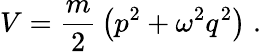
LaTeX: V={\frac{m}{2}}\left(p^{2}+\omega^{2}q^{2}\right)\; .